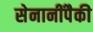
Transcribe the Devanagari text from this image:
सेनानींपैकी